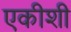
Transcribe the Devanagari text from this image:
एकीशी